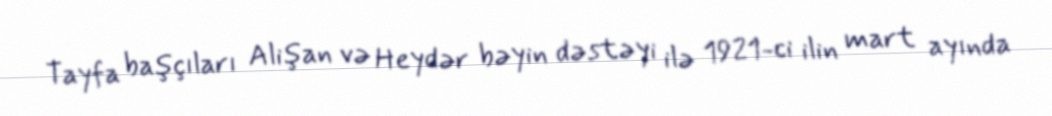
Tayfa başçıları Alişan və Heydər bəyin dəstəyi ilə 1921-ci ilin mart ayında